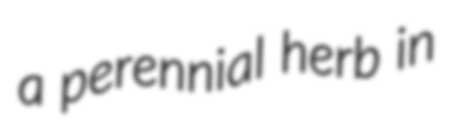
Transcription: a perennial herb in